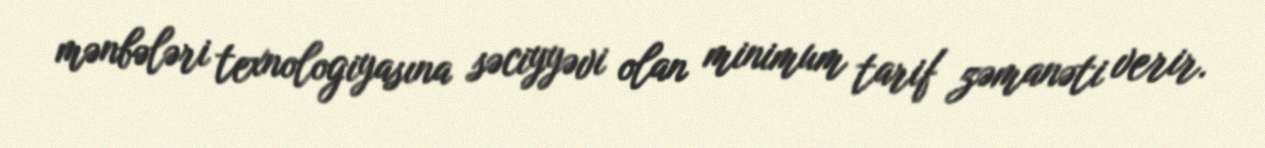
mənbələri texnologiyasına səciyyəvi olan minimum tarif zəmanəti verir.